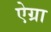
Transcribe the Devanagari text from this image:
ऐग्रा